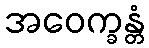
အဝေက္ခန္တံ